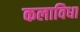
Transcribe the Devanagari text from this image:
कलाविधा